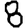
Digit: 8